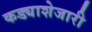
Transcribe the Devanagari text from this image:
कड्याशेजारी